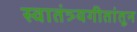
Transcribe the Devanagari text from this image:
स्वातंत्र्यगीतांतून